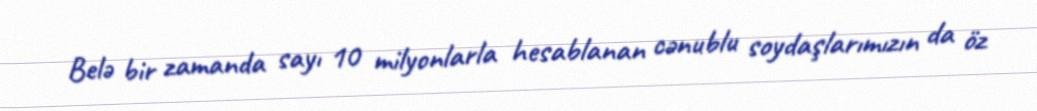
Belə bir zamanda sayı 10 milyonlarla hesablanan cənublu soydaşlarımızın da öz